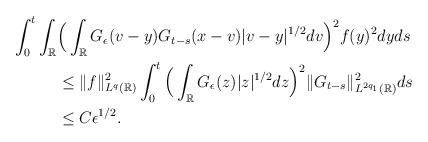
LaTeX: \begin{align*}\int_0^t \int_{\mathbb{R}} &\Big( \int_{\mathbb{R}} G_{\epsilon}(v-y)G_{t-s}(x-v)|v-y|^{1/2} dv \Big)^2 f(y)^2 dy ds\\ &\leq \|f\|_{L^q(\mathbb{R})}^2 \int_0^t \Big( \int_{\mathbb{R}} G_{\epsilon}(z) |z|^{1/2} dz\Big)^2\|G_{t-s}\|_{L^{2q_1}(\mathbb{R})}^2 ds \\ &\leq C \epsilon^{1/2}.\end{align*}